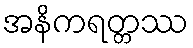
အနိကရတ္တဿ